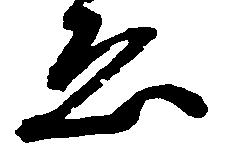
ゑ